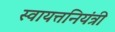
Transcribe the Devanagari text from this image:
स्वायत्तनियंत्री